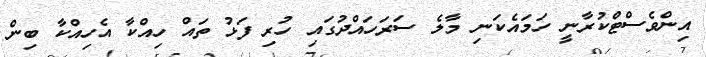
އިންވެސްޓްކުރާނީ ހަމައެކަނި މާލެ ސަރަހައްދުގައި ހުރި ފަޅު ތައް ހިއްކާ އެހިއްކާ ބިން